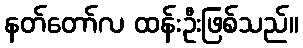
နတ်တော်လ ထန်းဦးဖြစ်သည်။